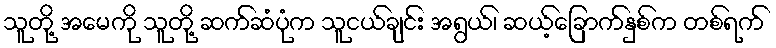
သူတို့ အမေကို သူတို့ ဆက်ဆံပုံက သူငယ်ချင်း အရွယ်၊ ဆယ့်ခြောက်နှစ်က တစ်ရက်